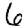
Digit: 6